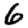
Digit: 6